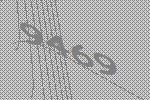
9469